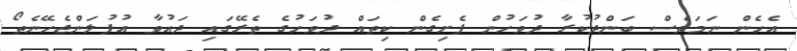
އެހެން ނަމަވެސް ބަންދުކުރާ ދުވަހުން ފެށިގެން ކިތައް ދުވަހުގެ ތެރޭގައި ދައުވާ އުފުލަންޖެހޭނެތޯ